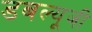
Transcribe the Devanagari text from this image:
डबल्यूजी